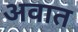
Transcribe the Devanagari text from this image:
अवात